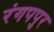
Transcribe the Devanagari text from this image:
रंगपपुर